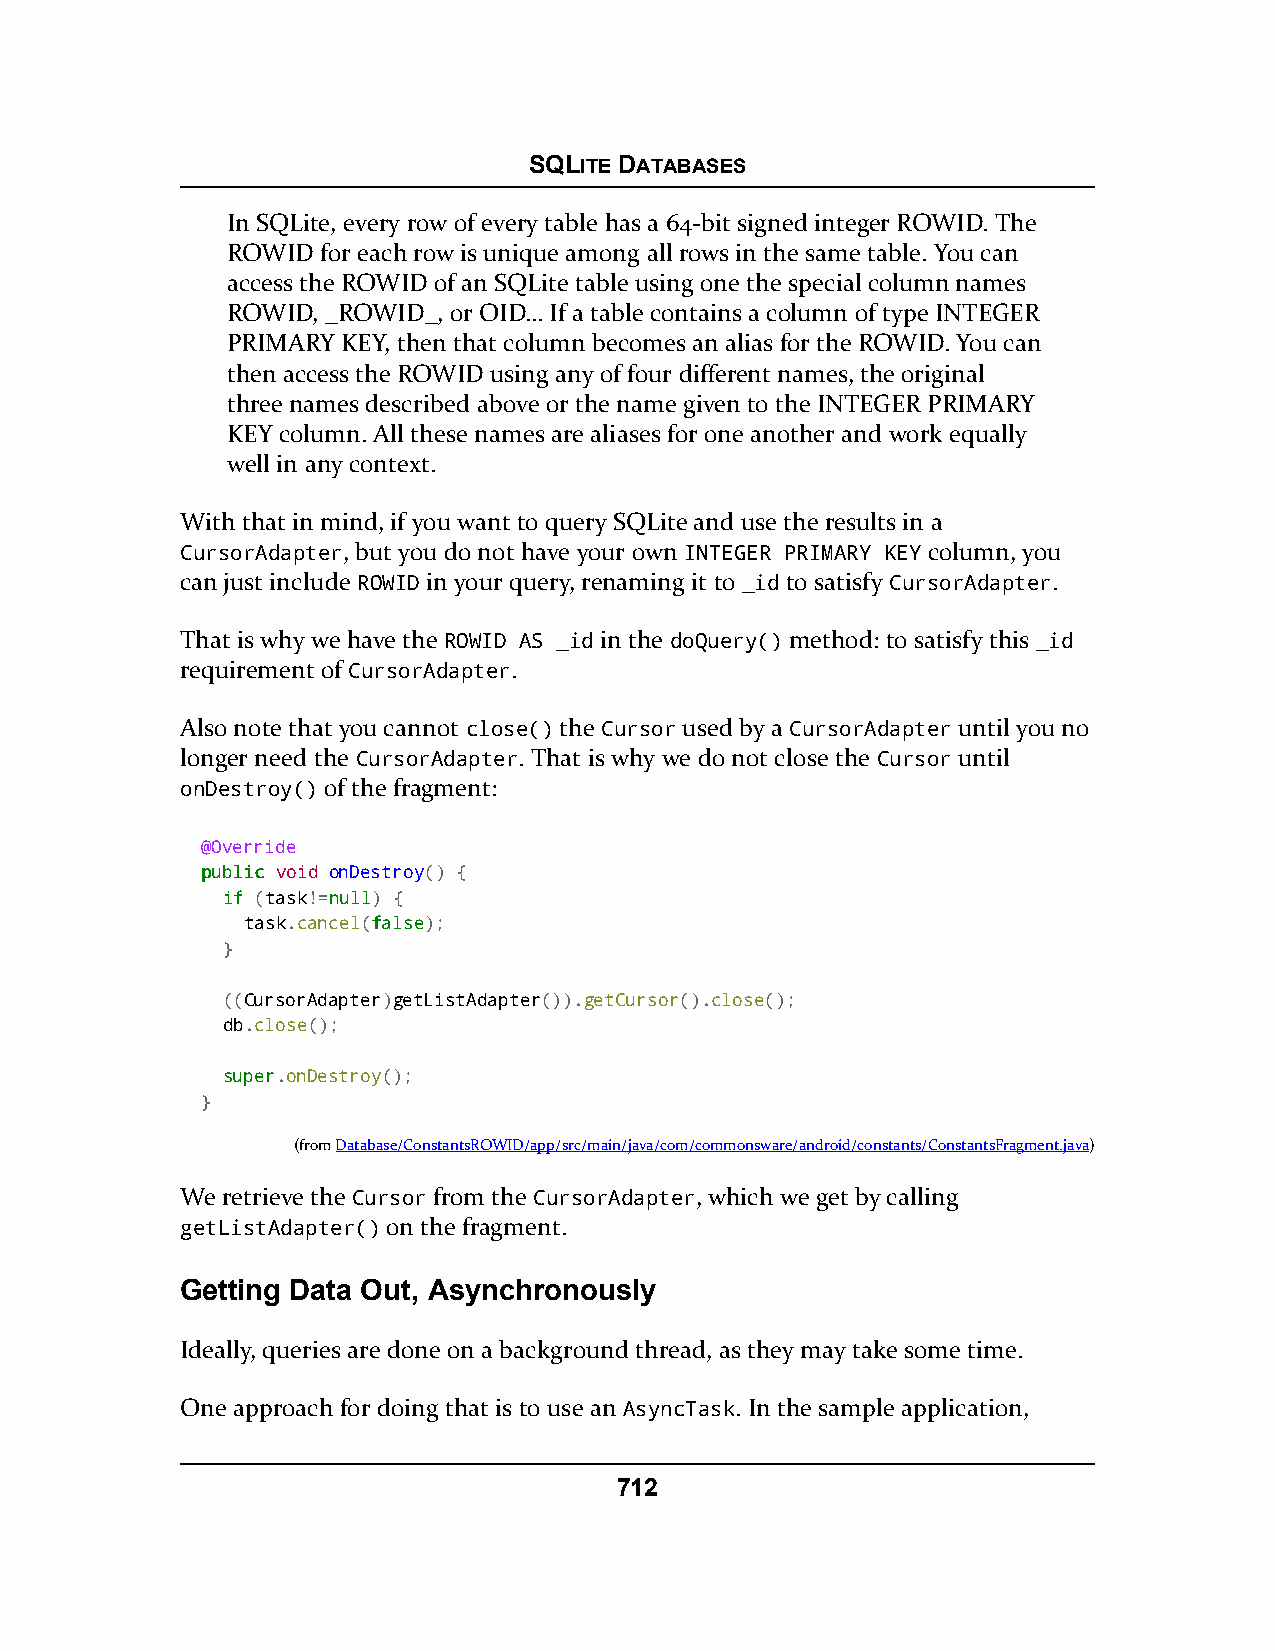
SQLITE DATABASES
 In SQLite, every row of every table has a 64-bit signed integer ROWID. The
 ROWID for each row is unique among all rows in the same table. You can
 access the ROWID of an SQLite table using one the special column names
 ROWID, _ROWID_, or OID… If a table contains a column of type INTEGER
 PRIMARY KEY, then that column becomes an alias for the ROWID. You can
 then access the ROWID using any of four different names, the original
 three names described above or the name given to the INTEGER PRIMARY
 KEY column. All these names are aliases for one another and work equally
 well in any context.
 With that in mind, if you want to query SQLite and use the results in a
 CursorAdapter, but you do not have your own INTEGER PRIMARY KEY column, you
 can just include ROWID in your query, renaming it to _id to satisfy CursorAdapter.
 That is why we have the ROWID AS _id in the doQuery() method: to satisfy this _id
 requirement of CursorAdapter.
 Also note that you cannot close() the Cursor used by a CursorAdapter until you no
 longer need the CursorAdapter. That is why we do not close the Cursor until
 onDestroy() of the fragment:
 @Override
 ppuubblliicc void onDestroy() {
 iiff (task!=nnuullll) {
 task.cancel(ffaallssee);
 }
 ((CursorAdapter)getListAdapter()).getCursor().close();
 db.close();
 ssuuppeerr.onDestroy();
 }
 (fromDatabase/ConstantsROWID/app/src/main/java/com/commonsware/android/constants/ConstantsFragment.java)
 We retrieve the Cursor from the CursorAdapter, which we get by calling
 getListAdapter() on the fragment.
 Getting Data Out, Asynchronously
 Ideally, queries are done on a background thread, as they may take some time.
 One approach for doing that is to use an AsyncTask. In the sample application,
 712